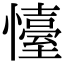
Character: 懛